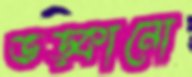
ভড়্‌কানো